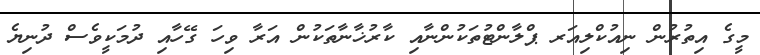
މީގެ އިތުރުން ނިއުކްލިއަރ ޕްލާންޓުތަކުންނާއި ކާރުޚާނާތަކުން އަރާ ވިހަ ގޭހާއި ދުމަކީވެސް ދުނިޔެ